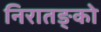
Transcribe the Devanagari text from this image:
निरातङ्को